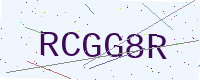
Text: RCGG8R